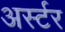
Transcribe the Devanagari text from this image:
अर्स्टर